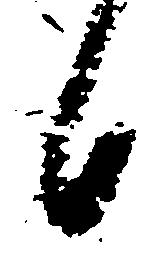
日